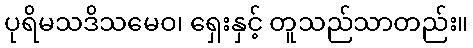
ပုရိမသဒိသမေဝ၊ ရှေးနှင့် တူသည်သာတည်း။